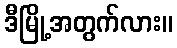
ဒီမြို့အတွက်လား။